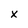
Character: X